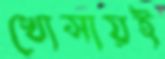
খোসায়ই